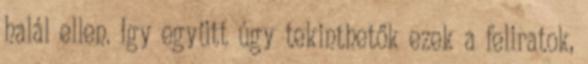
halál ellen. Igy együtt úgy tekinthetők ezek a feliratok,